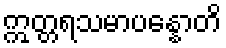
ဣတ္တရသမာပန္နောတိ